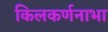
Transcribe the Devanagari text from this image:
किलकर्णनाभा